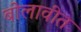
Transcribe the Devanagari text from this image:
बोलावीत